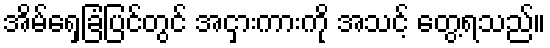
အိမ်ရှေ့ခြံပြင်တွင် အငှားကားကို အသင့် တွေ့ရသည်။